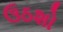
ઉઠશો